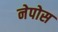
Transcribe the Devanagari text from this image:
नेपोस